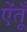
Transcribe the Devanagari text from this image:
ऐंतूँ